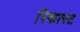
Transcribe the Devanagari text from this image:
रिकास्ट